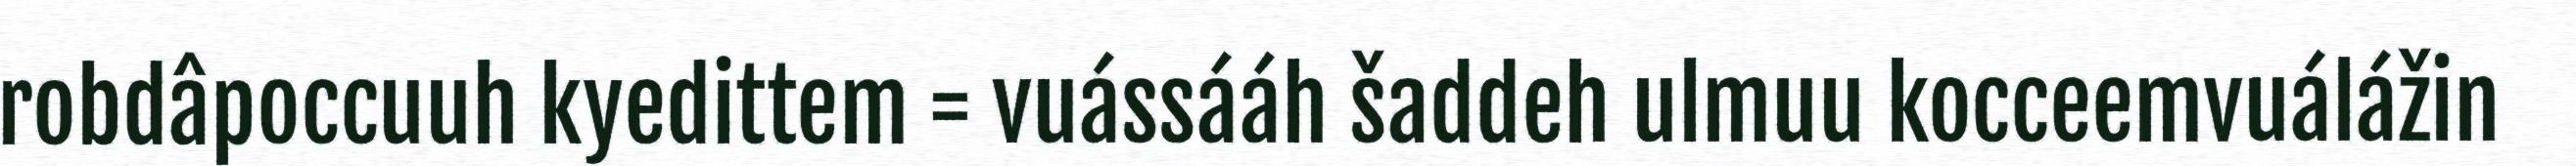
robdâpoccuuh kyedittem = vuássááh šaddeh ulmuu kocceemvuálážin